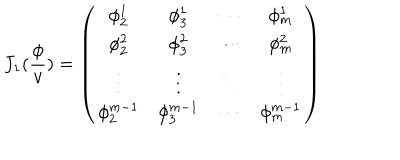
LaTeX: J _ { 1 } ( \frac \phi v ) = \left( \begin{array} { c c c c } { { \phi _ { 2 } ^ { 1 } } } & { { \phi _ { 3 } ^ { 1 } } } & { { \cdots } } & { { \phi _ { m } ^ { 1 } } } \\ { { \phi _ { 2 } ^ { 2 } } } & { { \phi _ { 3 } ^ { 2 } } } & { { \cdots } } & { { \phi _ { m } ^ { 2 } } } \\ { { \vdots } } & { { \vdots } } & { { \ddots } } & { { \vdots } } \\ { { \phi _ { 2 } ^ { m - 1 } } } & { { \phi _ { 3 } ^ { m - 1 } } } & { { \cdots } } & { { \phi _ { m } ^ { m - 1 } } } \\ \end{array} \right)